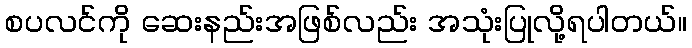
စပလင်ကို ဆေးနည်းအဖြစ်လည်း အသုံးပြုလို့ရပါတယ်။